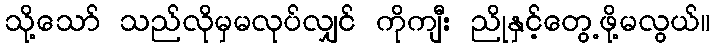
သို့သော် သည်လိုမှမလုပ်လျှင် ကိုကျီး ညိုနှင့်တွေ့ဖို့မလွယ်။